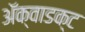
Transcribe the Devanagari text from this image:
ॲक्वाडक्ट